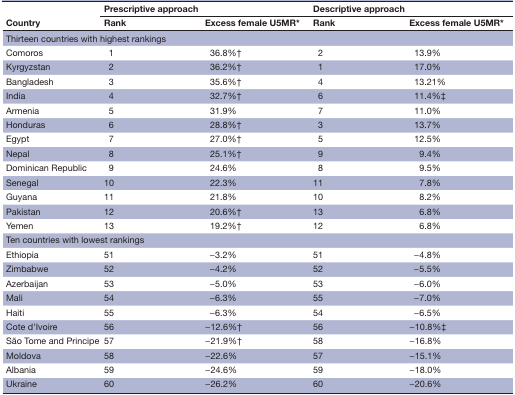
| <ROWSPAN=2> Country | <COLSPAN=2> Prescriptive approach | <COLSPAN=2> Descriptive approach |
 | Rank | Excess female U5MR* | Rank | Excess female U5MR* |
 | --- | --- | --- | --- | --- |
 | <COLSPAN=5> Thirteen countries with highest rankings |
 | Comoros | 1 | 36.8%† | 2 | 13.9% |
 | Kyrgyzstan | 2 | 36.2%† | 1 | 17.0% |
 | Bangladesh | 3 | 35.6%† | 4 | 13.21% |
 | India | 4 | 32.7%† | 6 | 11.4%‡ |
 | Armenia | 5 | 31.9% | 7 | 11.0% |
 | Honduras | 6 | 28.8%† | 3 | 13.7% |
 | Egypt | 7 | 27.0%† | 5 | 12.5% |
 | Nepal | 8 | 25.1%† | 9 | 9.4% |
 | Dominican Republic | 9 | 24.6% | 8 | 9.5% |
 | Senegal | 10 | 22.3% | 11 | 7.8% |
 | Guyana | 11 | 21.8% | 10 | 8.2% |
 | Pakistan | 12 | 20.6%† | 13 | 6.8% |
 | Yemen | 13 | 19.2%† | 12 | 6.8% |
 | <COLSPAN=5> Ten countries with lowest rankings |
 | Ethiopia | 51 | −3.2% | 51 | −4.8% |
 | Zimbabwe | 52 | −4.2% | 52 | −5.5% |
 | Azerbaijan | 53 | −5.0% | 53 | −6.0% |
 | Mali | 54 | −6.3% | 55 | −7.0% |
 | Haiti | 55 | −6.3% | 54 | −6.5% |
 | Cote d'Ivoire | 56 | −12.6%† | 56 | −10.8%‡ |
 | São Tome and Principe | 57 | −21.9%† | 58 | −16.8% |
 | Moldova | 58 | −22.6% | 57 | −15.1% |
 | Albania | 59 | −24.6% | 59 | −18.0% |
 | Ukraine | 60 | −26.2% | 60 | −20.6% |